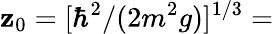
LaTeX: \mathbf{z}_{0}=[\hbar^{2}/(2m^{2}g)]^{1/3}=